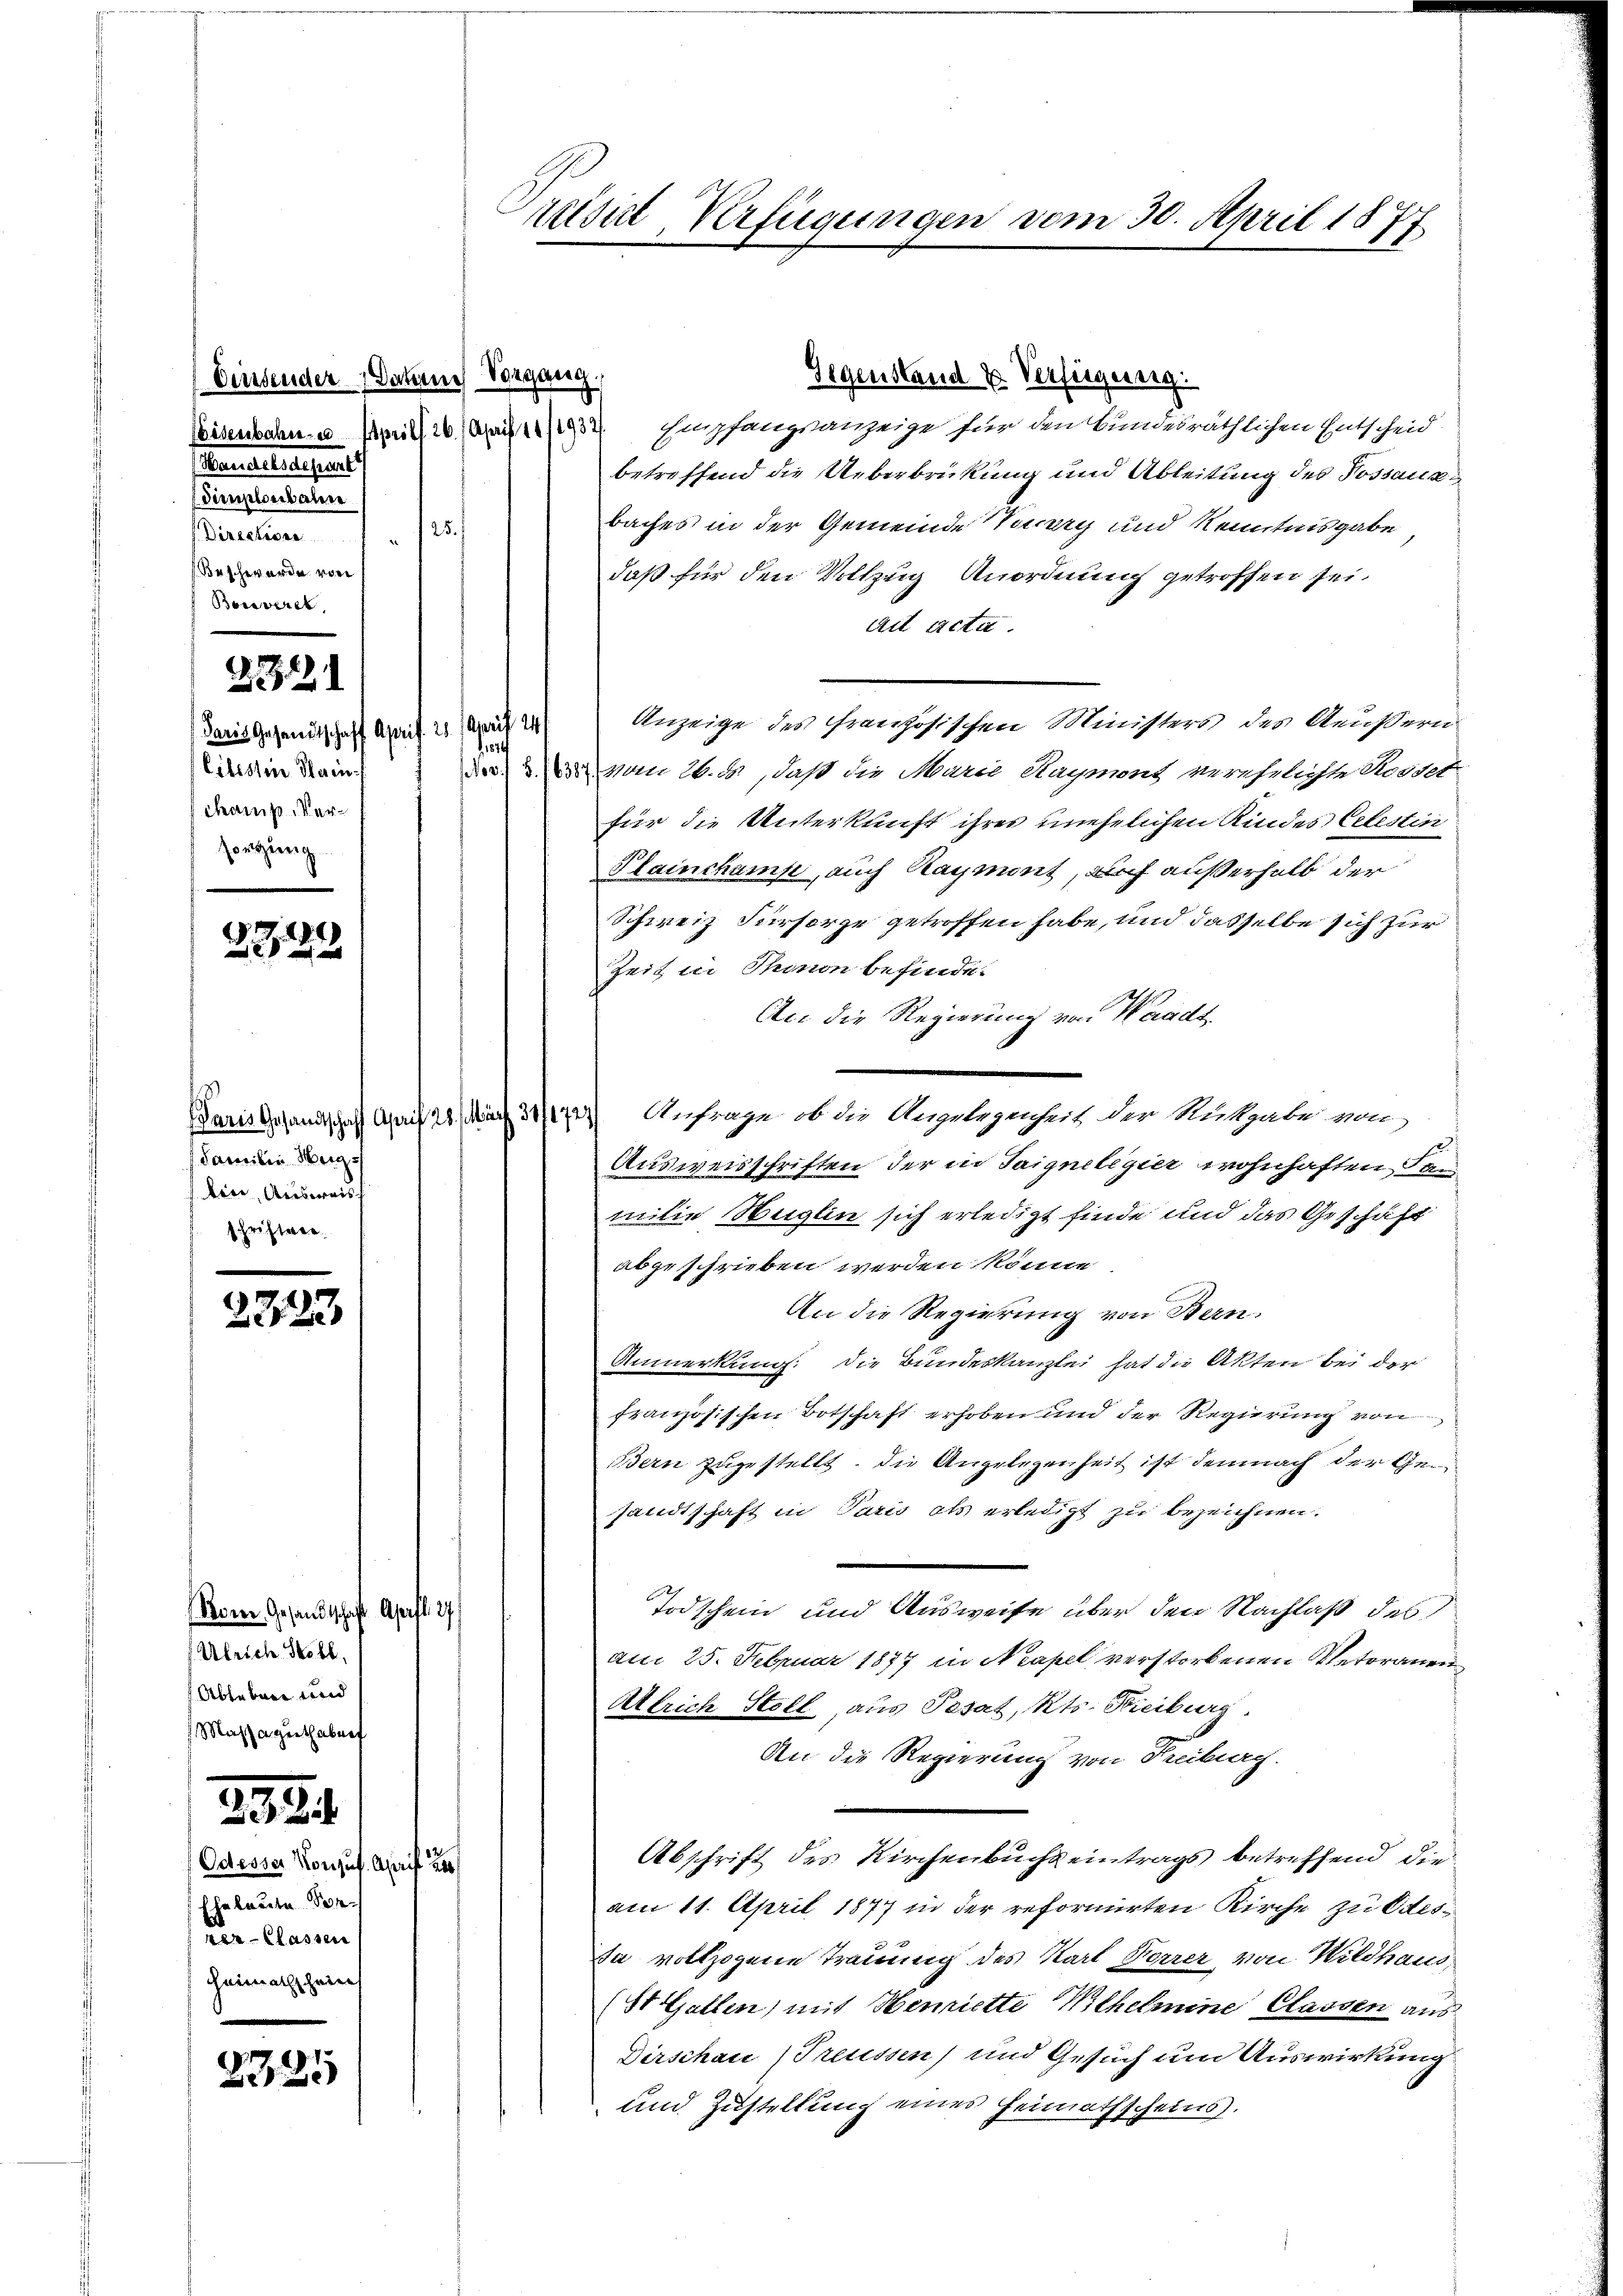
Einsender Dauern Vorgang,
Eisenbahn- u. April 26. April 1811932/
ansehungens
Dienselberbalen
25)
arcelen
Beschwerde vore
Borveret,

2121

Paris Gesandtschaft Aprif. 28. April 24
Cilistin Heinchams Versorgung

.
h
 x

Familie Herg
Kire, Ausweisf
schriften.

22123

Roren Gesandtschaft April 27
Ulrich Stoll,
Ableben und
Massaguthaberf

299

Odesser Konsus. Aprif 2
ha laute Per
rer Classen
Heimathschein

2325

nisirt Verfügungen vom 30. April 1877

Empfangsanzeige für den Bundesräthlichen Entscheid
betreffend die Ueberbrückung und Ableitung des Possauss
baches in der Gemeinde Verry und Kenntnisgabe,
daß für den Vollzug Anordnung getroffen sei.
ad acta.
Anzeige des Französischen Ministers des Aeußern
e
 vom 26. ds., daß die Marie Haymont verehelichte Rosser-
für die Unterkunft ihres unehelichen Kindes Celestin
Plainchamp, auch Raymont, auch außerhalb der
Schweiz Fürsorge getroffen habe, und dasselbe sich zur
Zeit in Thonon befindet
An die Regierung von Waadt
Baris Gesandtschaft auf 20. März 311) Anfrage, ob die Angelegenheit der Rückgabe von
Ausweisschriften der in Saigneligier wohnhaften Sam
milie Heglin sich erledigt finde und das Geschäft
abgeschrieben werden könne.
An die Regierung von Bern:
Anmerkung: die Bundeskanzlei hat die Akten bei der
französischen Botschaft erhoben und der Regierung von
Bern zugestellt. Die Angelegenheit ist demnach der Gesandtschaft in Paris als erledigt zu bezeichnen.
Todschein und Ausweise über den Nachlaß des
am 25. Februar 1877 in Neapel verstorbenen Vetoranen
Allrich Stoll, aus Pesat, Kts. Freiburg.
An die Regierung von Treiburg.
Abschrift des Kirchenbuchs eintrags betreffend die
am 11. April 1877 in der reformirten Kirche zu Odes¬
Da vollzogene Trauung des Karl Korrer von Wildhaus
(St. Gallen) mit Henriette Wilhelmine Classen aus
Dirschau Treussen) und Gesuch um Auswirkung
und Zustellung eines Heimathscheins.

Gegenstand u. Verfügung.